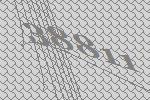
38811